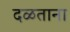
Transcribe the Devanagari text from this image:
दळताना